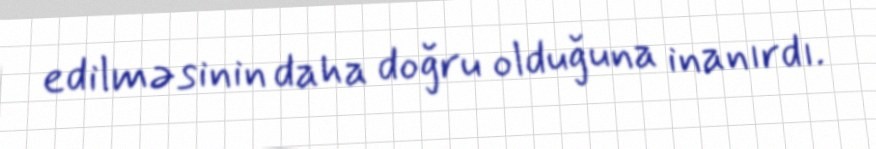
edilməsinin daha doğru olduğuna inanırdı.